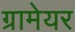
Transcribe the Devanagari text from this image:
ग्रामेयर